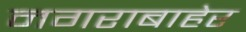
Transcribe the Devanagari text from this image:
नगराबाहेर